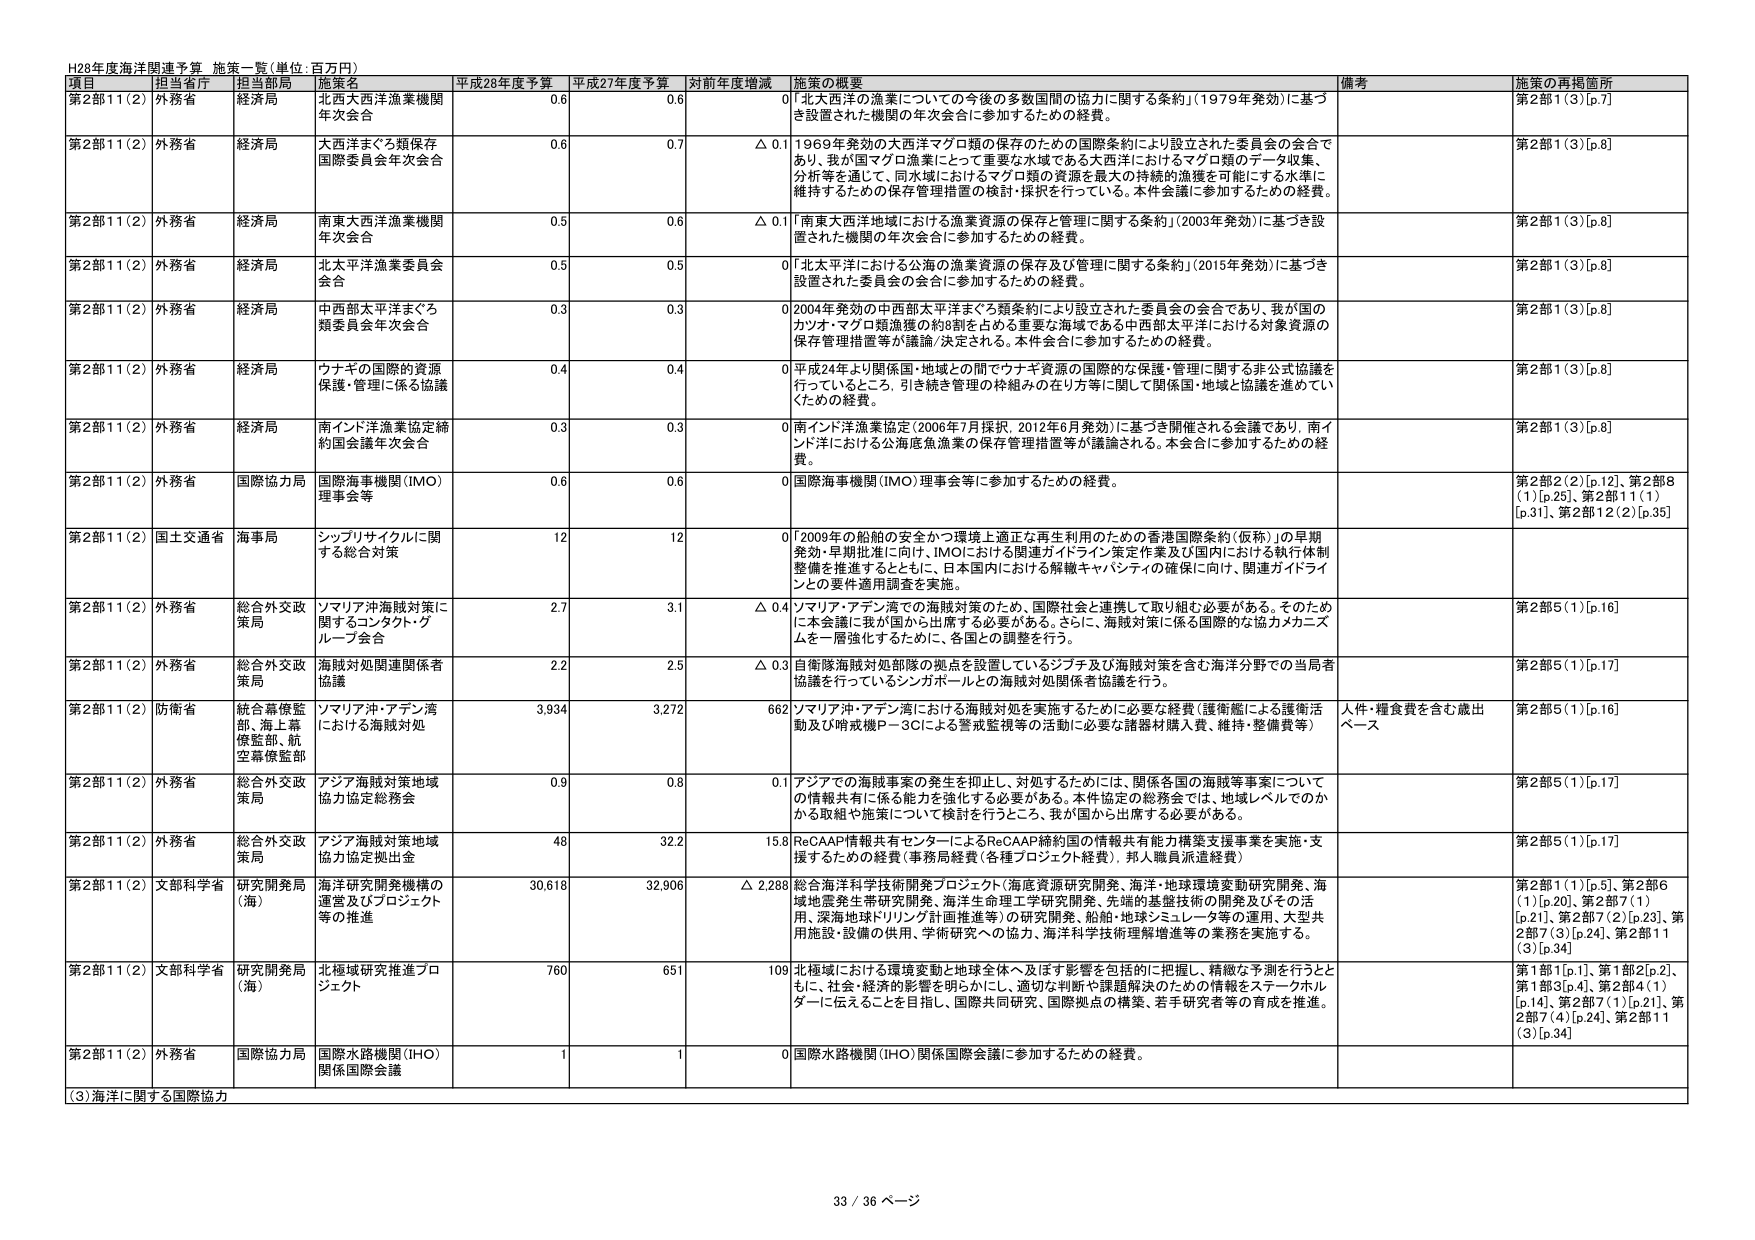
H28年度海洋関連予算 施策一覧（単位：百万円）

項目 担当省庁 担当部局 施策名 平成28年度予算 平成27年度予算 対前年度増減 施策の概要 備考 施策の再掲箇所

第2部11(2) 外務省 経済局 北西太平洋漁業機関 年次会合 0.6 0.6 0 「北大西洋の漁業についての今後の多数国間の協力に関する条約」（1979年発効）に基づき設置された機関の年次会合に参加するための経費。 第2部1(3)[p.7]

第2部11(2) 外務省 経済局 大西洋まぐろ類保存 国際委員会年次会合 0.6 0.7 △ 0.1 1969年発効の大西洋マグロ類の保存のための国際条約により設立された委員会の会合であり、我が国マグロ漁業にとって重要な水域である大西洋におけるマグロ類のデータ収集、分析等を通じて、同水域におけるマグロ類の資源を最大の持続的漁獲を可能にする水準に維持するための保存管理措置の検討・採択を行っている。本件会議に参加するための経費。 第2部1(3)[p.8]

第2部11(2) 外務省 経済局 南東大西洋漁業機関 年次会合 0.5 0.6 △ 0.1 「南東大西洋地域における漁業資源の保存と管理に関する条約」（2003年発効）に基づき設置された機関の年次会合に参加するための経費。 第2部1(3)[p.8]

第2部11(2) 外務省 経済局 北太平洋漁業委員会 会合 0.5 0.5 0 「北太平洋における公海の漁業資源の保存及び管理に関する条約」（2015年発効）に基づき設置された委員会の会合に参加するための経費。 第2部1(3)[p.8]

第2部11(2) 外務省 経済局 中西部太平洋まぐろ 類委員会年次会合 0.3 0.3 0 2004年発効の中西部太平洋まぐろ類条約により設立された委員会の会合であり、我が国のカツオ・マグロ類漁獲の約8割を占める重要な海域である中西部太平洋における対象資源の保存管理措置等が議論/決定される。本件会合に参加するための経費。 第2部1(3)[p.8]

第2部11(2) 外務省 経済局 ウナギの国際的資源 保護・管理に係る協議 0.4 0.4 0 平成24年より関係国・地域との間でウナギ資源の国際的な保護・管理に関する非公式協議を行っているところ。引き続き管理の枠組みの在り方等に関して関係国・地域と協議を進めていくための経費。 第2部1(3)[p.8]

第2部11(2) 外務省 経済局 南インド洋漁業協定締 約国会議年次会合 0.3 0.3 0 南インド洋漁業協定（2006年7月採択、2012年6月発効）に基づき開催される会議であり、南インド洋における公海底魚漁業の保存管理措置等が議論される。本会合に参加するための経費。 第2部1(3)[p.8]

第2部11(2) 外務省 国際協力局 国際海事機関（IMO） 理事会等 0.6 0.6 0 国際海事機関（IMO）理事会等に参加するための経費。 第2部2(2)[p.12]、第2部8(1)[p.25]、第2部11(1)[p.31]、第2部12(2)[p.35]

第2部11(2) 国土交通省 海事局 シップリサイクルに関 する総合対策 12 12 0 「2009年の船舶の安全かつ環境上適正な再生利用のための香港国際条約（仮称）」の早期発効・早期批准に向け、IMOにおける関連ガイドライン策定作業及び国内における執行体制整備を推進するとともに、日本国内における解体キャパシティの確保に向け、関連ガイドラインとの要件適用調査を実施。

第2部11(2) 外務省 総合外交政 策局 ソマリア沖海賊対策に 関するコンタクト・グ ループ会合 2.7 3.1 △ 0.4 ソマリア・アデン湾での海賊対策のため、国際社会と連携して取り組む必要がある。そのためには本会議に我が国から出席する必要がある。さらに、海賊対策に係る国際的な協力メカニズムを一層強化するために、各国との調整を行う。 第2部5(1)[p.16]

第2部11(2) 外務省 総合外交政 策局 海賊対処関連関係者 協議 2.2 2.5 △ 0.3 自衛隊海賊対処部隊の拠点を設置しているジブチ及び海賊対策を含む海洋分野での当局者協議を行っているシンガポールとの海賊対処関係者協議を行う。 第2部5(1)[p.17]

第2部11(2) 防衛省 統合幕僚監 部、海上幕 僚監部、航 空幕僚監部 ソマリア沖・アデン湾 における海賊対処 3,934 3,272 662 ソマリア沖・アデン湾における海賊対処を実施するために必要な経費（護衛艦による護衛活動及び哨戒機P－3Cによる警戒監視等の活動に必要な諸器材購入費、維持・整備費等） 人件・糧食費を含む歳出ベース 第2部5(1)[p.16]

第2部11(2) 外務省 総合外交政 策局 アジア海賊対策地域 協力協定総務会 0.9 0.8 0.1 アジアでの海賊事案の発生を抑止し、対処するためには、関係各国の海賊等事案についての情報共有に係る能力を強化する必要がある。本件協定の総務会では、地域レベルでのかかる取組や施策について検討を行うところ、我が国から出席する必要がある。 第2部5(1)[p.17]

第2部11(2) 外務省 総合外交政 策局 アジア海賊対策地域 協力協定拠出金 48 32.2 15.8 ReCAAP情報共有センターによるReCAAP締約国の情報共有能力構築支援事業を実施・支援するための経費（事務局経費（各種プロジェクト経費）、邦人職員派遣経費） 第2部5(1)[p.17]

第2部11(2) 文部科学省 研究開発局 （海） 海洋研究開発機構の 運営及びプロジェクト 等の推進 30,618 32,906 △ 2,288 総合海洋科学技術開発プロジェクト（海底資源研究開発、海洋・地球環境変動研究開発、海域地震発生帯研究開発、海洋生命理工学研究開発、先端的基盤技術の開発及びその活用、深海地球ドリリング計画推進等）の研究開発、船舶・地球シミュレータ等の運用、大型共用施設・設備の供用、学術研究への協力、海洋科学技術理解増進等の業務を実施する。 第2部1(1)[p.5]、第2部6(1)[p.20]、第2部7(1)[p.21]、第2部7(2)[p.23]、第2部7(3)[p.24]、第2部11(3)[p.34]

第2部11(2) 文部科学省 研究開発局 （海） 北極域研究推進プロ ジェクト 760 651 109 北極域における環境変動と地球全体へ及ぼす影響を包括的に把握し、精緻な予測を行うとともに、社会・経済的影響を明らかにし、適切な判断や課題解決のための情報をステークホルダーに伝えることを目指し、国際共同研究、国際拠点の構築、若手研究者等の育成を推進。 第1部1[p.1]、第1部2[p.2]、第1部3[p.4]、第2部4(1)[p.14]、第2部7(1)[p.21]、第2部7(4)[p.24]、第2部11(3)[p.34]

第2部11(2) 外務省 国際協力局 国際水路機関（IHO） 関係国際会議 1 1 0 国際水路機関（IHO）関係国際会議に参加するための経費。

（3）海洋に関する国際協力

33 / 36 ページ